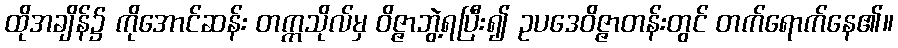
ထိုအချိန်၌ ကိုအောင်ဆန်း တက္ကသိုလ်မှ ဝိဇ္ဇာဘွဲ့ရပြီး၍ ဥပဒေဝိဇ္ဇာတန်းတွင် တက်ရောက်နေ၏။